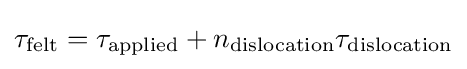
\tau _{\text{felt}}=\tau _{\text{applied}}+n_{\text{dislocation}}\tau _{\text{dislocation}}